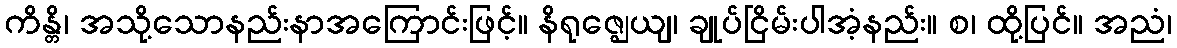
ကိန္တိ၊ အသို့သောနည်းနာအကြောင်းဖြင့်။ နိရုဇ္ဈေယျ၊ ချုပ်ငြိမ်းပါအံ့နည်း။ စ၊ ထို့ပြင်။ အညံ၊